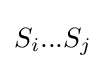
S_{i}...S_{j}